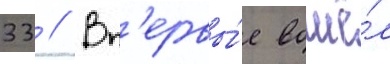
33 // Вп'ервы́е вошё́л